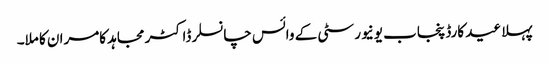
پہلا عید کارڈ پنجاب یونیورسٹی کے وائس چانسلر ڈاکٹر مجاہد کامران کا ملا۔